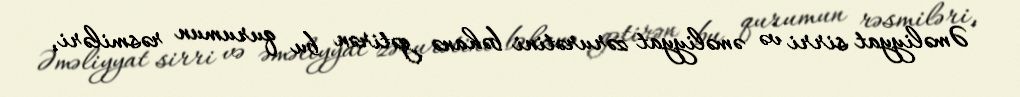
Əməliyyat sirri və əməliyyat zərurətini bəhanə gətirən bu qurumun rəsmiləri,